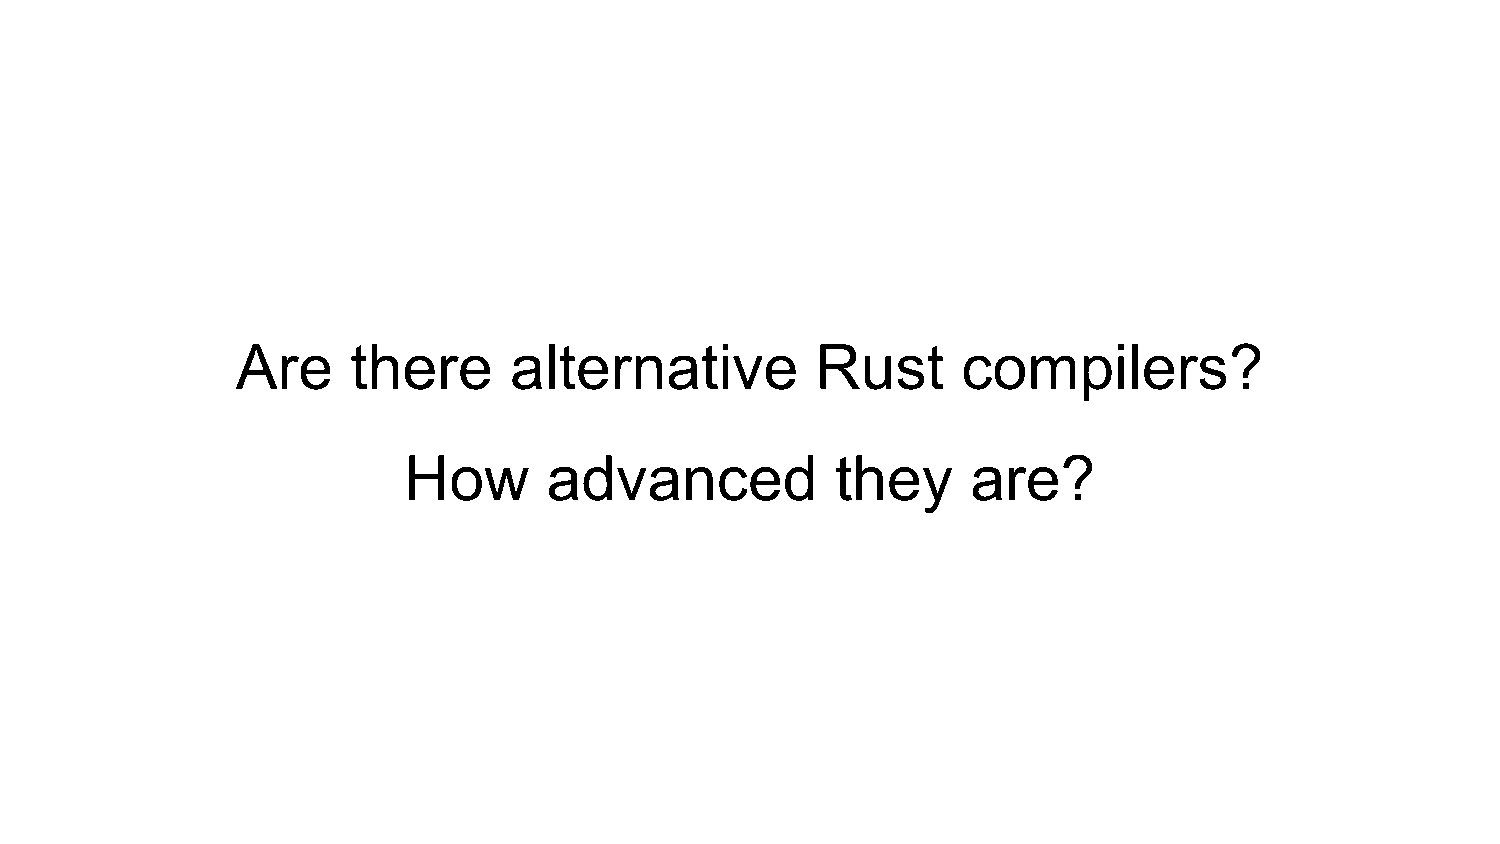
Are    there      alternative         Rust      compilers?
 How      advanced           they     are?